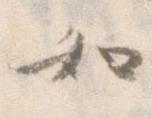
如